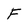
Character: F